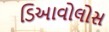
ડિઆવોલોસ